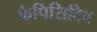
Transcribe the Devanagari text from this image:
कैपिसिटिव